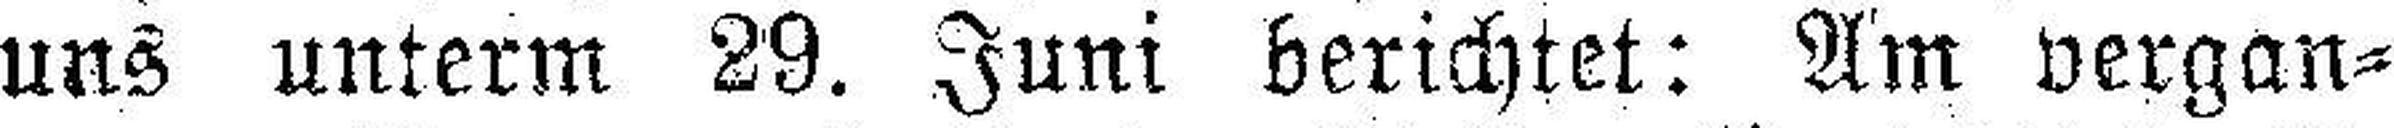
uns unterm 29. Juni berichtet: Am vergan¬